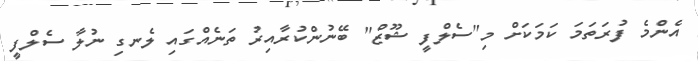
އެންމެ ފުރަތަމަ ކަމަކަށް މި"ސެލްފީ ޝޫޒް" ބޭނުންކުރާއިރު ތަނެއްގައި ލެނގި ނުލާ ސެލްފީ